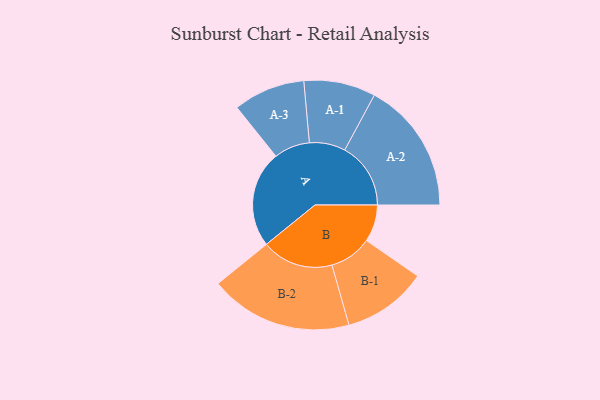
{"axis": {"x": "Segment", "y": "Value"}, "legend": ["", "A", "B"], "data": [{"x": "A", "y": 331, "type": ""}, {"x": "B", "y": 127, "type": ""}, {"x": "A-1", "y": 123, "type": "A"}, {"x": "A-2", "y": 226, "type": "A"}, {"x": "A-3", "y": 123, "type": "A"}, {"x": "B-1", "y": 145, "type": "B"}, {"x": "B-2", "y": 245, "type": "B"}]}